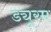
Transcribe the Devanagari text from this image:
ड्यूरम